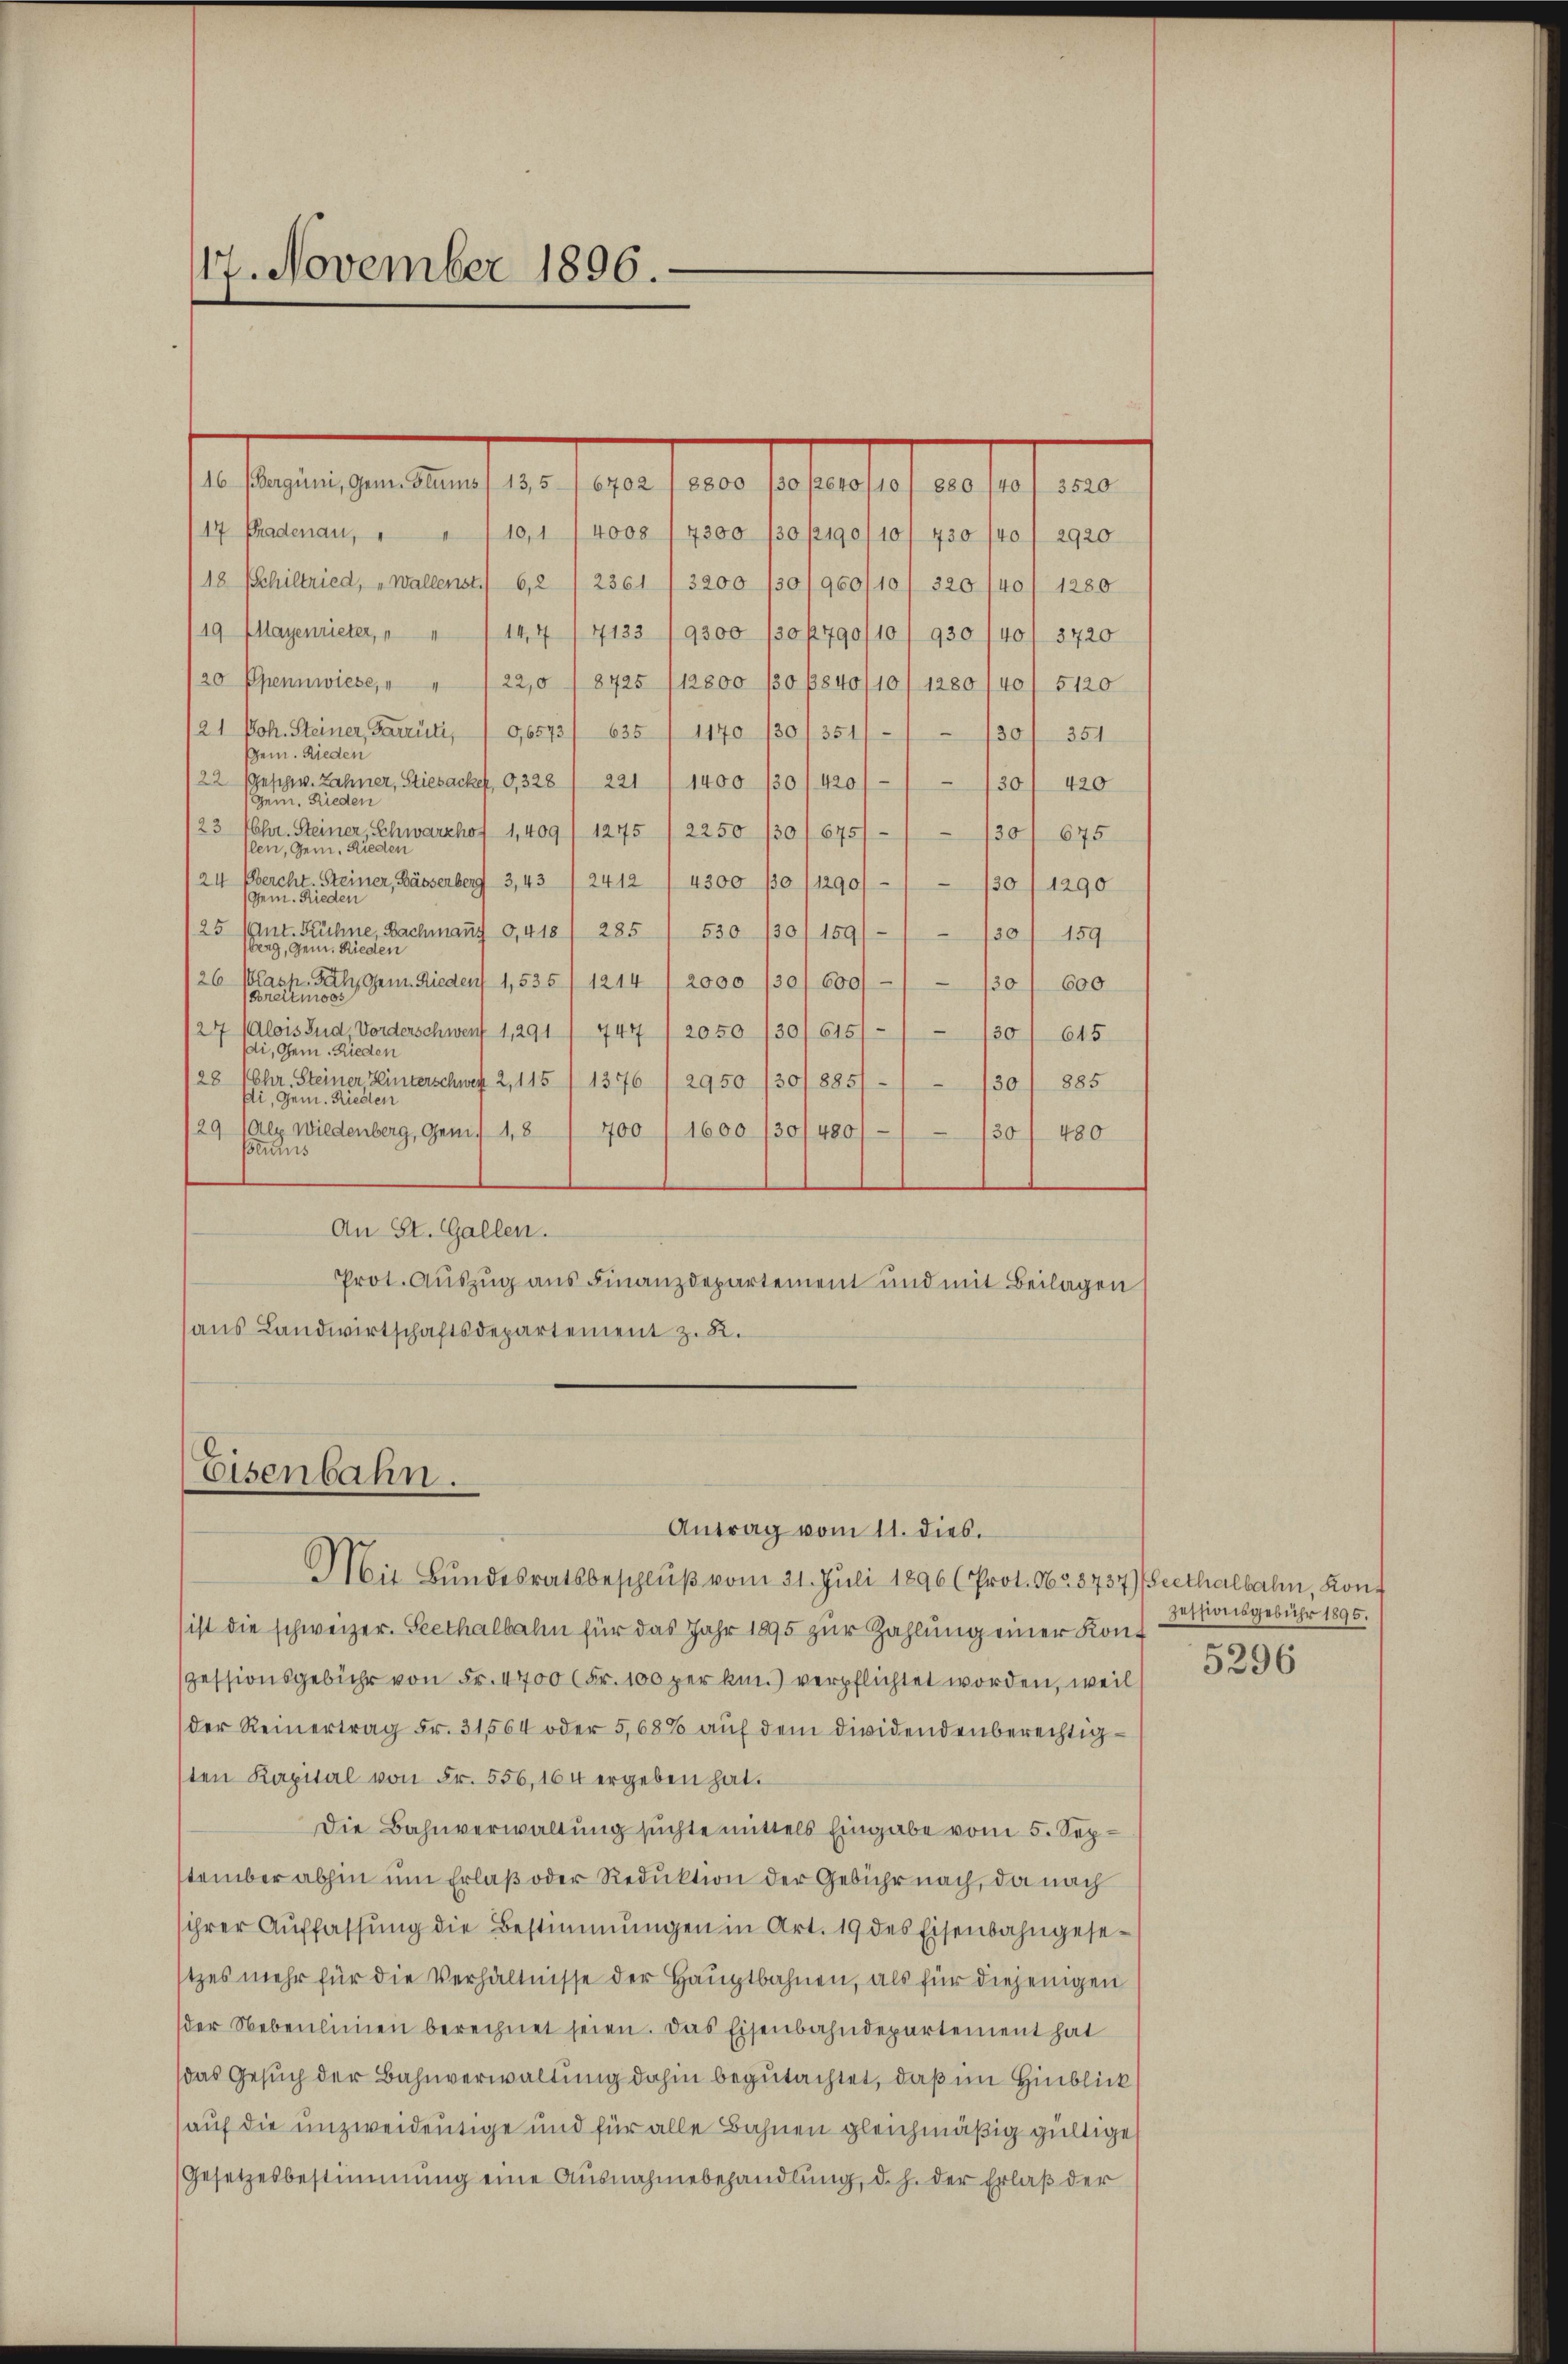
17. November 1896.

beseitigenten sei eine eine sehe sie es sei einen
17 Pradenau, " " 110,1 / 4000 /7200 130 p190/10/ 430 /40, 2920
18 Schiltried, Wallenst. 6,2 /2361 /3200 /30/960/10/ 320 /40/ 1280
19. Mayenrieter, " " 1144 / 4123 /9300 /0790/10/ 930 140/ 3720
20 Opennwiese,
22,0 18725 (12800 /30 /840/10/1280/40/ 5120
/21. Joh. Steiner, Barrüti, /9,6573/ 635 / 1170 /30/351/130/ 351
Gem. Rieden
/22 Gesp. Zahner, Stiesacke, 0,328 / 221 / 1400 /30/ 420
130/ 420
Gein. Rieden
23 Uhr. Steiner, Schwarzhof 1,409/ 1245 /2250 /0/675///30/ 675
len, Gem. Rieder
24 Bercht-Steiner, Bässerberg 3,43/2412 / 43000 (1290/
130/1290
Gem. Rieden
/25 (ant. Kühne, Bachmaṅs 0,410/ 285 / 530 /30/159///30/ 159
berg, Gem. Rieden
26 Klass Fäh, Gem. Rieden 1,535/1214 / 2000 /30/600/1 1301 600
Breitmoos
27 Alois Bud, Vorderschwerf 1,291/ 444 / 2050 (30/615///30/ 645
di, Gem. Rieden
28 (Chr. Steiner Hinterschwert 2, 115 (1376 (2950 /30/885/
30/ 885
ßli, Gem. Riedlen
/29 (Alg wiedenberg, Gem. 1,8
700 / 1600 /30/480/
130/ 400
aunis
An St. Gallen.
Prot. Auszug aus Finanzdepartement und mit Beilagen
sans Landwirtschaftsdepartement z. B.

Eisenbahn.
Antrag vom 11. dies.
Mit Bundesratsbeschluß vom 31. Juli 1896 (Prot. No. 3737) Beethalbahn, Kont

ist die schweizer. Seethalbahn für das Jahr 1895 zur Zahlung einer Konzessionsgebühr von Fr. 4700 (Fr. 100 per ki.) verpflichtet worden, weil
der Reinertrag Fr. 31564 oder 5,68% auf dem dividendenberechtigsten Kapital von Fr. 556, 164 ergeben hat.
Die Bahnverwaltung suchte mittels Eingabe vom 5. September abhin um Erlaß oder Reduktion der Gebühr nach, da nach
ihrer Aŭffassŭng die Bestimmungen in Art. 19 des Eisenbahngesetzes mehr für die Verhältnisse der Hauptbahnen, als für diejenigen
der Nebenlinien berechnet seien. Das Eisenbahndepartement hat
das Gesuch der Bahnverwaltung dahin begutachtet, daß im Hinblick
auf die unzweideutige und für alle Bahnen gleichmäßig gültige
Gesetzesbestimmung eine Ausnahmebehandlŭng, d. h. der Erlaβ der

zessionsgebühr 1895.
n
5296